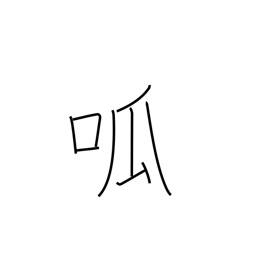
Meaning: cry